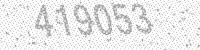
Solution: 419053